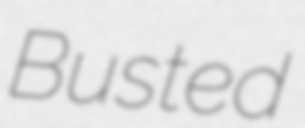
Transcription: Busted